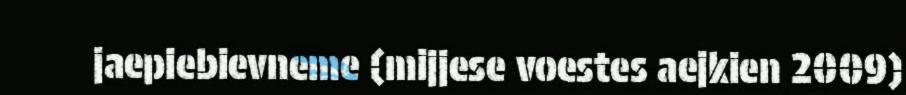
jaepiebievneme (mijjese voestes aejkien 2009)